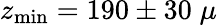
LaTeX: z_{\mathrm{min}}=190\pm 30\; \mu